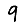
Digit: 9